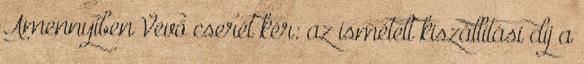
Amennyiben Vevő cserét kér: az ismételt kiszállítási díj a